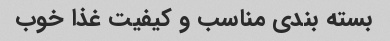
بسته بندی مناسب و کیفیت غذا خوب